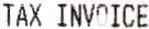
TAX INVOICE